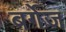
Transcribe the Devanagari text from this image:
बर्गेज